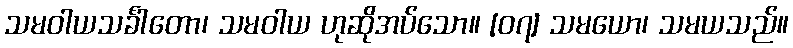
သမဝါယသင်္ခါတော၊ သမဝါယ ဟုဆိုအပ်သော။ [၀၇] သမယော၊ သမယသည်။